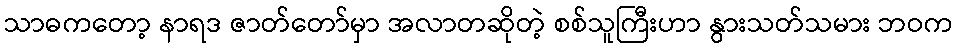
သာဓကတော့ နာရဒ ဇာတ်တော်မှာ အလာတဆိုတဲ့ စစ်သူကြီးဟာ နွားသတ်သမား ဘဝက